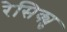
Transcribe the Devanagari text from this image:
रेसिक्यु